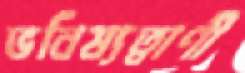
ভবিষ্যত্বাণী